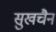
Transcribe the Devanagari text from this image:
सुखचैन